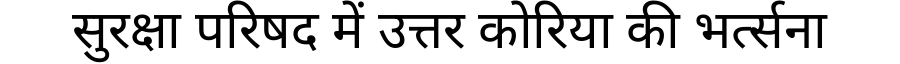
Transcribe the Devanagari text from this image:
सुरक्षा परिषद में उत्तर कोरिया की भर्त्सना